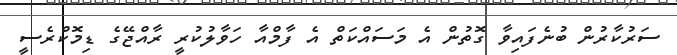
ސަރުކާރުން ބުނެފައިވާ ގޮތުން އެ މަސައްކަތް އެ ފާމްއާ ހަވާލުކުރީ ރާއްޖޭގެ ޑިމޮކްރެސީ